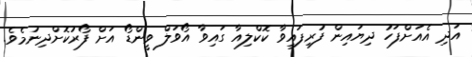
އަދި އެއަށްފަހު ދިޔައިން ފުރިފައިވާ ކޮކްލިއާ ގައިވާ އޯވަލް ވީންޑޯ އަށް ފޯރުކޮށްދިނުމެވެ.